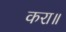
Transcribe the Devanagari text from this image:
करा॥